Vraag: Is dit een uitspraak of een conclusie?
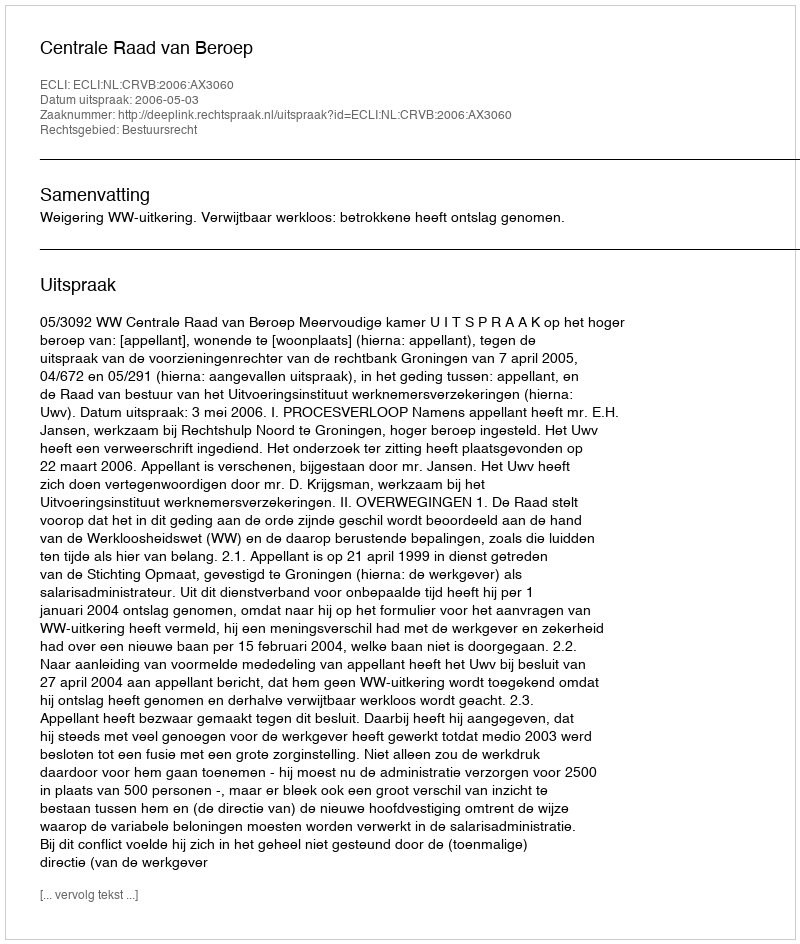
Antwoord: Uitspraak